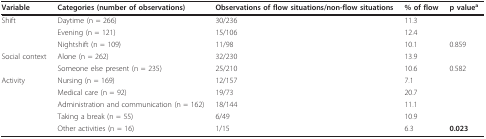
| Variable | Categories (number of observations) | Observations of flow situations/non-flow situations | % of flow | p valuea |
 | --- | --- | --- | --- | --- |
 | Shift | Daytime (n = 266) | 30/236 | 11.3 |  |
 |  | Evening (n = 121) | 15/106 | 12.4 |  |
 |  | Nightshift (n = 109) | 11/98 | 10.1 | 0.859 |
 | Social context | Alone (n = 262) | 32/230 | 13.9 |  |
 |  | Someone else present (n = 235) | 25/210 | 10.6 | 0.582 |
 | Activity | Nursing (n = 169) | 12/157 | 7.1 |  |
 |  | Medical care (n = 92) | 19/73 | 20.7 |  |
 |  | Administration and communication (n = 162) | 18/144 | 11.1 |  |
 |  | Taking a break (n = 55) | 6/49 | 10.9 |  |
 |  | Other activities (n = 16) | 1/15 | 6.3 | 0.023 |